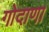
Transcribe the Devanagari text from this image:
गोदाणा